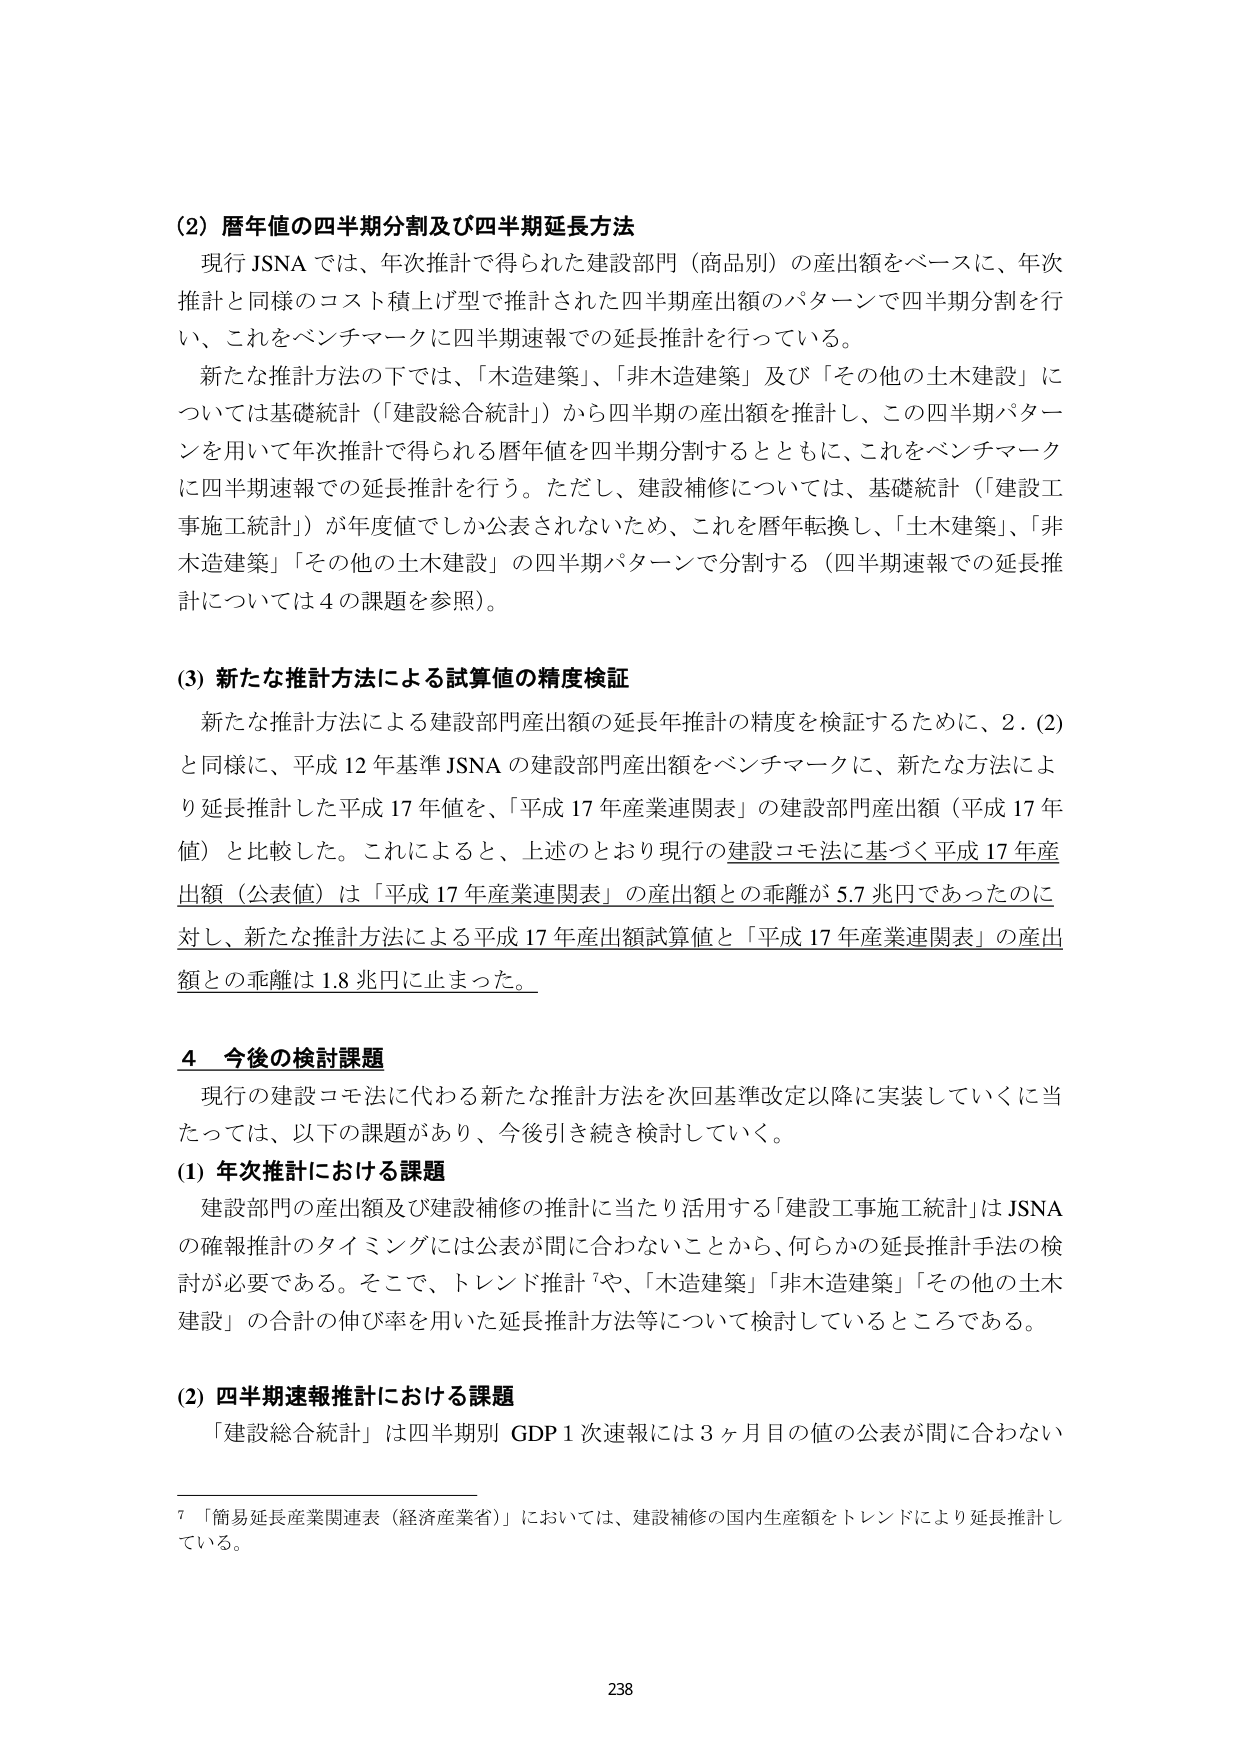
(2) 暦年値の四半期分割及び四半期延長方法
現行 JSNA では、年次推計で得られた建設部門（商品別）の産出額をベースに、年次推計と同様のコスト積上げ型で推計された四半期産出額のパターンで四半期分割を行い、これをベンチマークに四半期速報での延長推計を行っている。
新たな推計方法の下では、「木造建築」、「非木造建築」及び「その他の土木建設」については基礎統計（「建設総合統計」）から四半期の産出額を推計し、この四半期パターンを用いて年次推計で得られる暦年値を四半期分割するとともに、これをベンチマークに四半期速報での延長推計を行う。ただし、建設補修については、基礎統計（「建設工事施工統計」）が年度値でしか公表されないため、これを暦年転換し、「土木建築」、「非木造建築」「その他の土木建設」の四半期パターンで分割する（四半期速報での延長推計については4の課題を参照）。

(3) 新たな推計方法による試算値の精度検証
新たな推計方法による建設部門産出額の延長年推計の精度を検証するために、2．(2)と同様に、平成12年基準JSNAの建設部門産出額をベンチマークに、新たな方法により延長推計した平成17年値を、「平成17年産業連関表」の建設部門産出額（平成17年値）と比較した。これにより、上述のとおり現行の建設コモ法に基づく平成17年産出額（公表値）は「平成17年産業連関表」の産出額との乖離が5.7兆円であったのに対し、新たな推計方法による平成17年産出額試算値と「平成17年産業連関表」の産出額との乖離は1.8兆円に止まった。

4 今後の検討課題
現行の建設コモ法に代わる新たな推計方法を次回基準改定以降に実装していくに当たっては、以下の課題があり、今後引き続き検討していく。

(1) 年次推計における課題
建設部門の産出額及び建設補修の推計に当たり活用する「建設工事施工統計」はJSNAの確報推計のタイミングには公表が間に合わないことから、何らかの延長推計手法の検討が必要である。そこで、トレンド推計⁷や、「木造建築」「非木造建築」「その他の土木建設」の合計の伸び率を用いた延長推計方法等について検討しているところである。

(2) 四半期速報推計における課題
「建設総合統計」は四半期別 GDP 1次速報には3ヶ月目の値の公表が間に合わない

⁷ 「簡易延長産業関連表（経済産業省）」においては、建設補修の国内生産額をトレンドにより延長推計している。

238